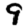
Digit: 9